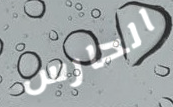
الحارس